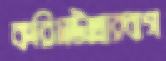
করিমউল্লারবাগ